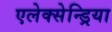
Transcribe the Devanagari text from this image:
एलेक्सेन्ड्रिया